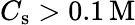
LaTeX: C_{\mathrm{s}}>0.1\, \mathrm{M}